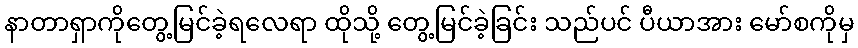
နာတာရှာကိုတွေ့မြင်ခဲ့ရလေရာ ထိုသို့ တွေ့မြင်ခဲ့ခြင်း သည်ပင် ပီယာအား မော်စကိုမှ